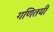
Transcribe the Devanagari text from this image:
गणितयी